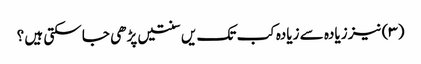
(۳) نیز زیادہ سے زیادہ کب تک یں سنتیں پڑھی جا سکتی ہیں ؟